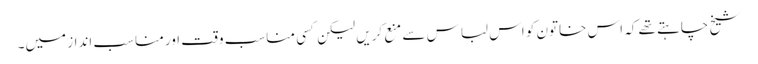
شیخ چاہتے تھے کہ اس خاتون کو اس لباس سے منع کریں لیکن کسی مناسب وقت اور مناسب انداز میں۔